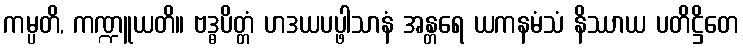
ကမ္ပတိ, ကဏ္ဍူယတိ။ ဗဒ္ဓပိတ္တံ ဟဒယပပ္ဖါသာနံ အန္တရေ ယကနမံသံ နိဿာယ ပတိဋ္ဌိတေ